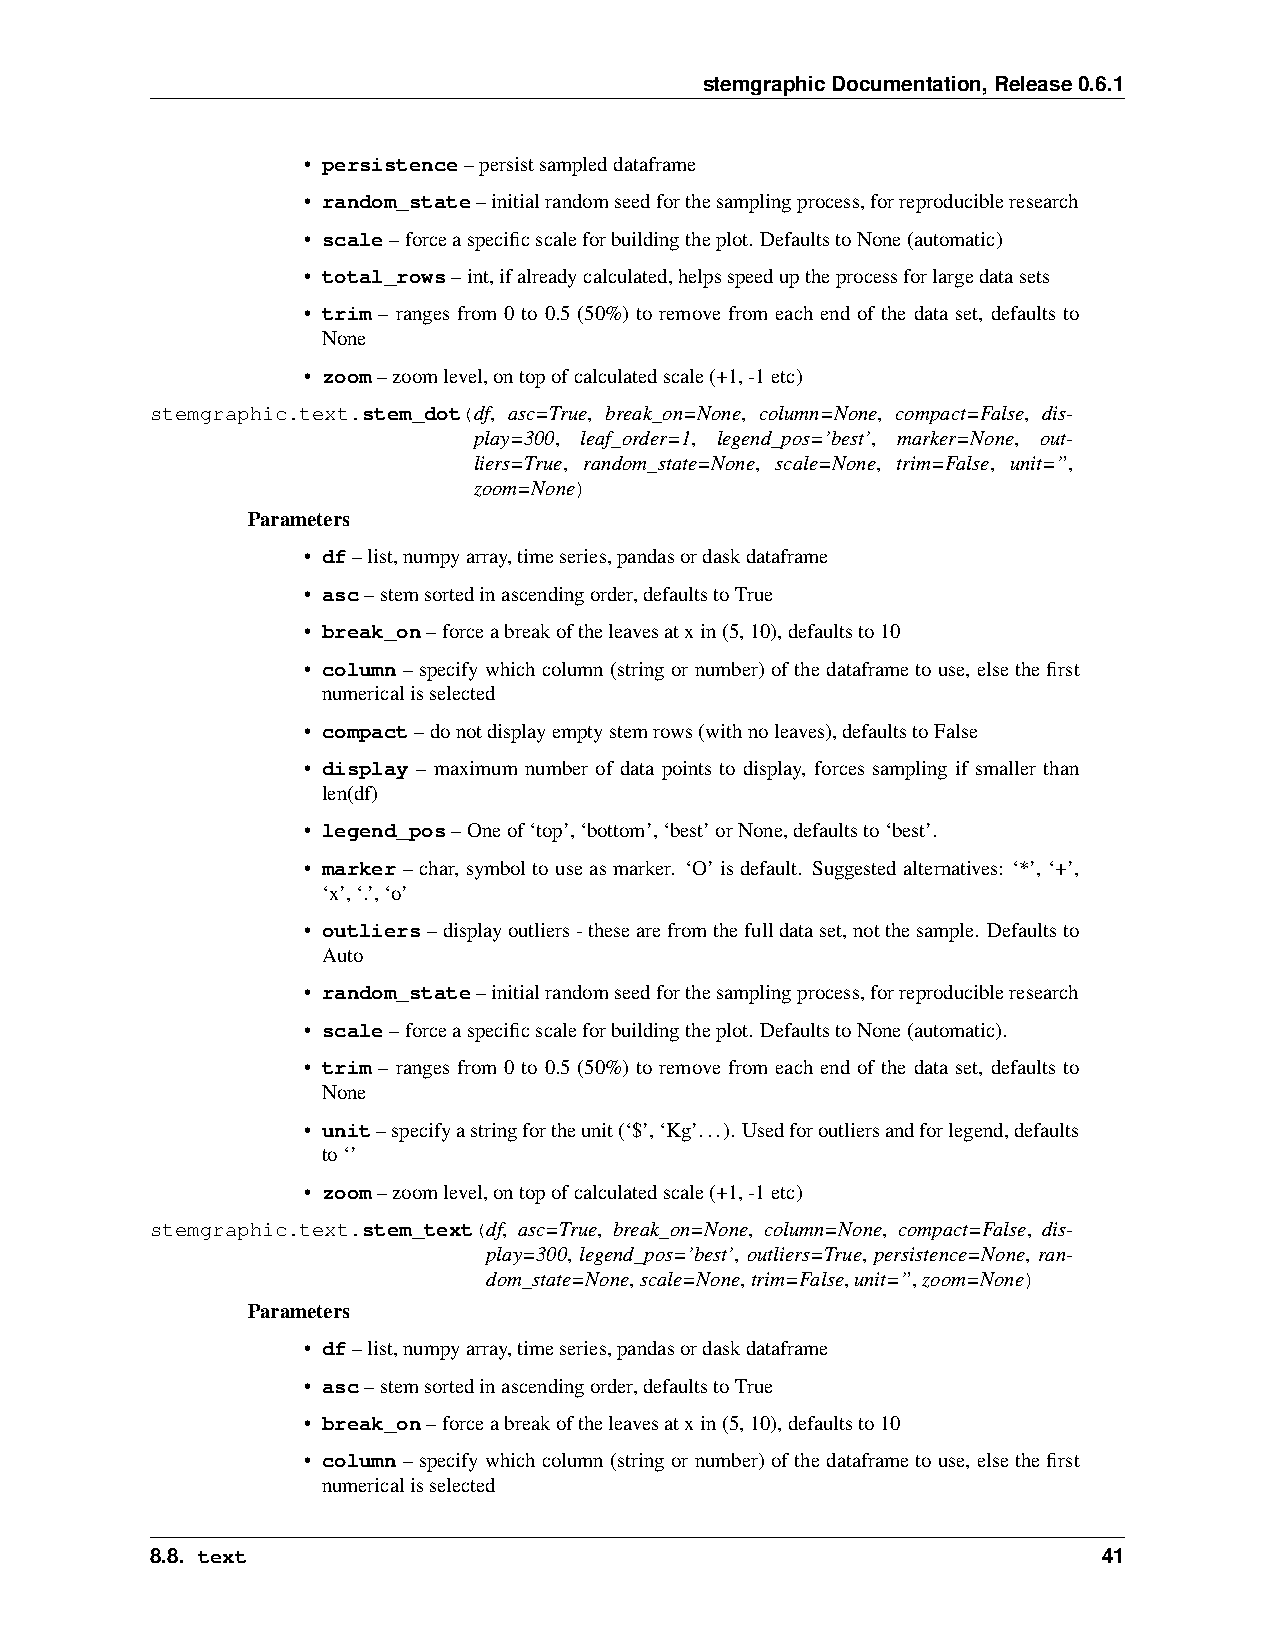
stemgraphicDocumentation,Release0.6.1
 • persistence–persistsampleddataframe
 • random_state–initialrandomseedforthesamplingprocess,forreproducibleresearch
 • scale–forceaspecificscaleforbuildingtheplot. DefaultstoNone(automatic)
 • total_rows–int,ifalreadycalculated,helpsspeeduptheprocessforlargedatasets
 • trim – ranges from 0 to 0.5 (50%) to remove from each end of the data set, defaults to
 None
 • zoom–zoomlevel,ontopofcalculatedscale(+1,-1etc)
 stemgraphic.text.stem_dot(df, asc=True, break_on=None, column=None, compact=False, dis-
 play=300, leaf_order=1, legend_pos=’best’, marker=None, out-
 liers=True, random_state=None, scale=None, trim=False, unit=”,
 zoom=None)
 Parameters
 • df–list,numpyarray,timeseries,pandasordaskdataframe
 • asc–stemsortedinascendingorder,defaultstoTrue
 • break_on–forceabreakoftheleavesatxin(5,10),defaultsto10
 • column–specifywhichcolumn(stringornumber)ofthedataframetouse, elsethefirst
 numericalisselected
 • compact–donotdisplayemptystemrows(withnoleaves),defaultstoFalse
 • display – maximum number of data points to display, forces sampling if smaller than
 len(df)
 • legend_pos–Oneof‘top’,‘bottom’,‘best’orNone,defaultsto‘best’.
 • marker–char, symboltouseasmarker. ‘O’isdefault. Suggestedalternatives: ‘*’, ‘+’,
 ‘x’,‘.’,‘o’
 • outliers–displayoutliers-thesearefromthefulldataset,notthesample. Defaultsto
 Auto
 • random_state–initialrandomseedforthesamplingprocess,forreproducibleresearch
 • scale–forceaspecificscaleforbuildingtheplot. DefaultstoNone(automatic).
 • trim – ranges from 0 to 0.5 (50%) to remove from each end of the data set, defaults to
 None
 • unit–specifyastringfortheunit(‘$’,‘Kg’...). Usedforoutliersandforlegend,defaults
 to‘’
 • zoom–zoomlevel,ontopofcalculatedscale(+1,-1etc)
 stemgraphic.text.stem_text(df, asc=True, break_on=None, column=None, compact=False, dis-
 play=300, legend_pos=’best’, outliers=True, persistence=None, ran-
 dom_state=None,scale=None,trim=False,unit=”,zoom=None)
 Parameters
 • df–list,numpyarray,timeseries,pandasordaskdataframe
 • asc–stemsortedinascendingorder,defaultstoTrue
 • break_on–forceabreakoftheleavesatxin(5,10),defaultsto10
 • column–specifywhichcolumn(stringornumber)ofthedataframetouse, elsethefirst
 numericalisselected
 8.8. text                                                      41